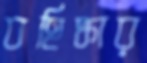
বহিষ্কার